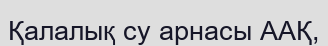
Қалалық су арнасы ААҚ,